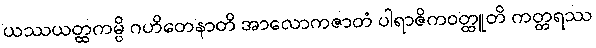
ယဿယတ္ထကမ္ပိ ဂဟိတေနာတိ အာလောကဇာတံ ပါရာဇိကဝတ္ထူတိ ကတ္တရဿ